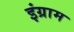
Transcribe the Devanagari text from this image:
इंग्राम